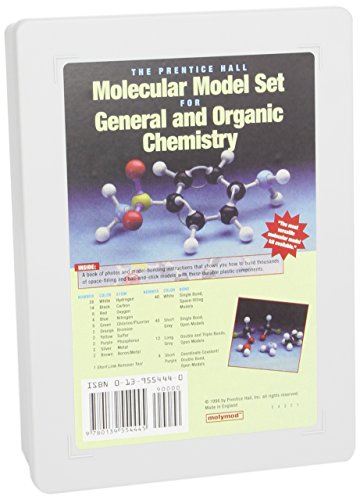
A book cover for Prentice Hall Molecular Model Set for General and Organic Chemistry; Pearson Education; Science & Math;